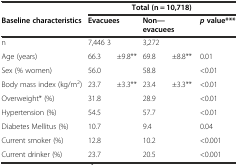
<table><thead><tr><td></td><td colspan="5"><b>Total (n = 10,718)</b></td></tr><tr><td><b>Baseline characteristics</b></td><td colspan="2"><b>Evacuees</b></td><td colspan="2"><b>Non—evacuees</b></td><td><b><i>p</i>value***</b></td></tr></thead><tbody><tr><td>n</td><td>7,446 3</td><td></td><td>3,272</td><td></td><td></td></tr><tr><td>Age (years)</td><td>66.3</td><td>±9.8**</td><td>69.8</td><td>±8.8**</td><td>0.01</td></tr><tr><td>Sex (% women)</td><td>56.0</td><td></td><td>58.8</td><td></td><td>&lt;0.01</td></tr><tr><td>Body mass index (kg/m<sup>2</sup>)</td><td>23.7</td><td>±3.3**</td><td>23.4</td><td>±3.3**</td><td>&lt;0.01</td></tr><tr><td>Overweight* (%)</td><td>31.8</td><td></td><td>28.9</td><td></td><td>&lt;0.01</td></tr><tr><td>Hypertension (%)</td><td>54.5</td><td></td><td>57.7</td><td></td><td>&lt;0.01</td></tr><tr><td>Diabetes Mellitus (%)</td><td>10.7</td><td></td><td>9.4</td><td></td><td>0.04</td></tr><tr><td>Current smoker (%)</td><td>12.8</td><td></td><td>10.2</td><td></td><td>&lt;0.001</td></tr><tr><td>Current drinker (%)</td><td>23.7</td><td></td><td>20.5</td><td></td><td>&lt;0.001</td></tr></tbody></table>